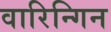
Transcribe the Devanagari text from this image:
वारिन्गिन